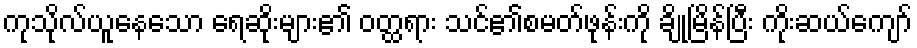
ကုသိုလ်ယူနေသော ရေဆိုးများ၏ ဝတ္ထရား သင်၏စမတ်ဖုန်းကို ချိုမြိန်ပြီး ကိုးဆယ်ကျော်